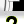
Digit: 2